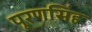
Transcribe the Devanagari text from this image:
पूरणसिंह